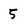
Character: 5